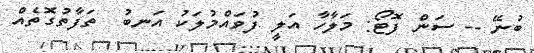
ބުނޭ -- ސަން ފޮޓޯ: މަލާހާ އަލީ ފުވައްމުލަކު އަނބު  ތަފާތުގޮތެއް